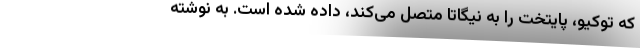
که توکیو، پایتخت را به نیگاتا متصل می‌کند، داده شده است. به نوشته